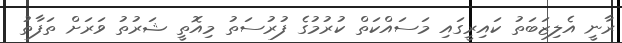
ރާނީ އެލިޒަބަތު ކައިރީގައި މަސައްކަތް ކުރުމުގެ ފުރުސަތު މިއޮތީ ޝަރުތު ވަރަށް ތަފާތު